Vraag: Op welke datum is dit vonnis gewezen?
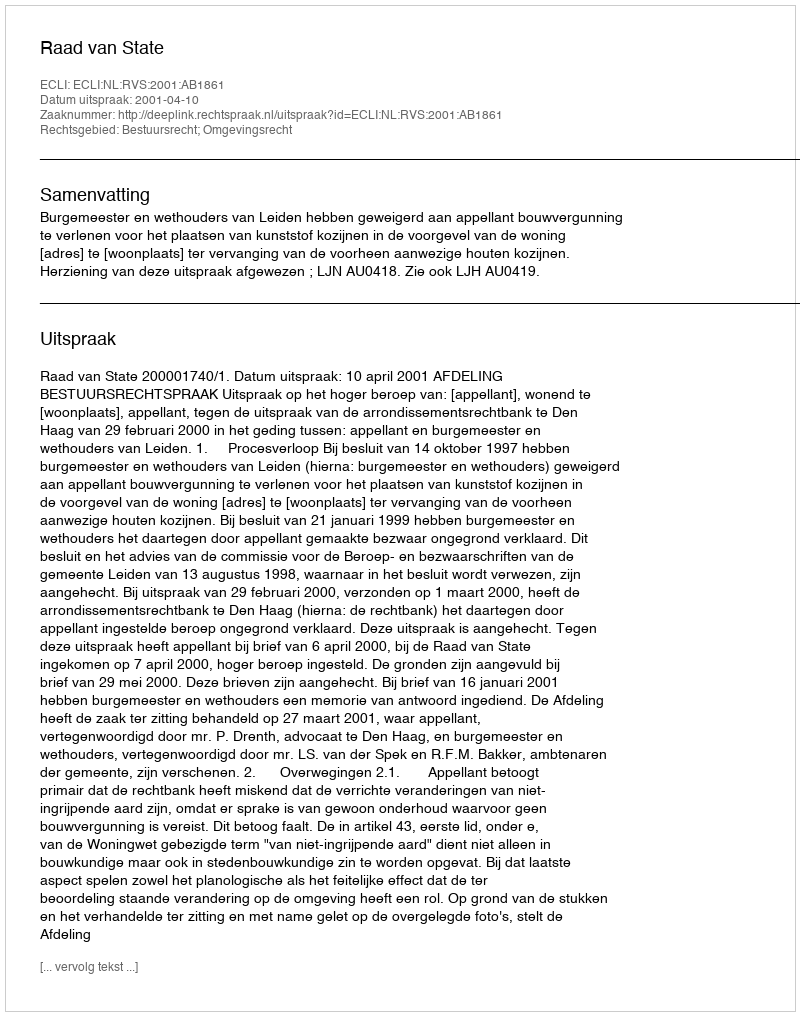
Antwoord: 2001-04-10